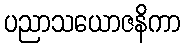
ပညာသယောဇနိကာ